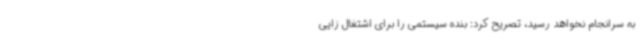
به سرانجام نخواهد رسید، تصریح کرد: بنده سیستمی را برای اشتغال زایی